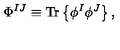
\Phi ^ { I J } \equiv { \mathrm { T r } } \left\{ \phi ^ { I } \phi ^ { J } \right\} ,